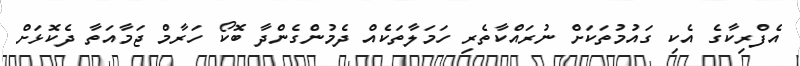
އެފްރިކާގެ އެކި ގައުމުތަކަށް ނުރައްކާތެރި ހަމަލާތަކެއް ދެމުންގެންދާ ބޮކޯ ހަރާމް ޖަމާއަތާ ދެކޮޅަށް